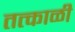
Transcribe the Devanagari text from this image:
तत्काळी